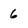
Character: 6